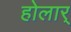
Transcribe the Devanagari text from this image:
होलार्